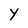
Character: Y